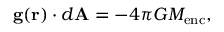
\mathbf { g ( r ) } \cdot d \mathbf { A } = - 4 \pi G M _ { \mathrm { e n c } } ,